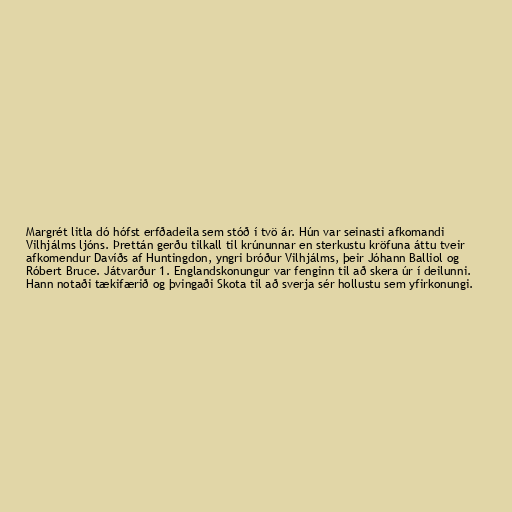
Margrét litla dó hófst erfðadeila sem stóð í tvö ár. Hún var seinasti afkomandi
Vilhjálms ljóns. Þrettán gerðu tilkall til krúnunnar en sterkustu kröfuna áttu tveir
afkomendur Davíðs af Huntingdon, yngri bróður Vilhjálms, þeir Jóhann Balliol og
Róbert Bruce. Játvarður 1. Englandskonungur var fenginn til að skera úr í deilunni.
Hann notaði tækifærið og þvingaði Skota til að sverja sér hollustu sem yfirkonungi.